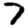
Digit: 7